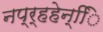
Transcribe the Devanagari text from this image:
नप्र्हहेन्िि